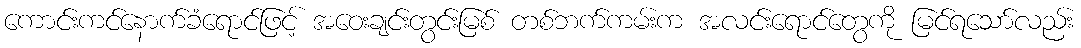
ကောင်းကင်နောက်ခံရောင်ဖြင့် အဝေးချင်းတွင်းမြစ် တစ်ဘက်ကမ်းက အလင်းရောင်တွေကို မြင်ရသော်လည်း